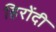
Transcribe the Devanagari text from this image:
हिरोंदी